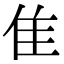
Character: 隹